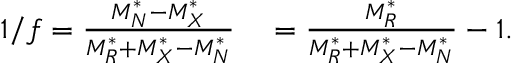
\begin{array} { r l } { 1 / f = \frac { M _ { N } ^ { * } - M _ { X } ^ { * } } { M _ { R } ^ { * } + M _ { X } ^ { * } - M _ { N } ^ { * } } } & { { } = \frac { M _ { R } ^ { * } } { M _ { R } ^ { * } + M _ { X } ^ { * } - M _ { N } ^ { * } } - 1 . } \end{array}